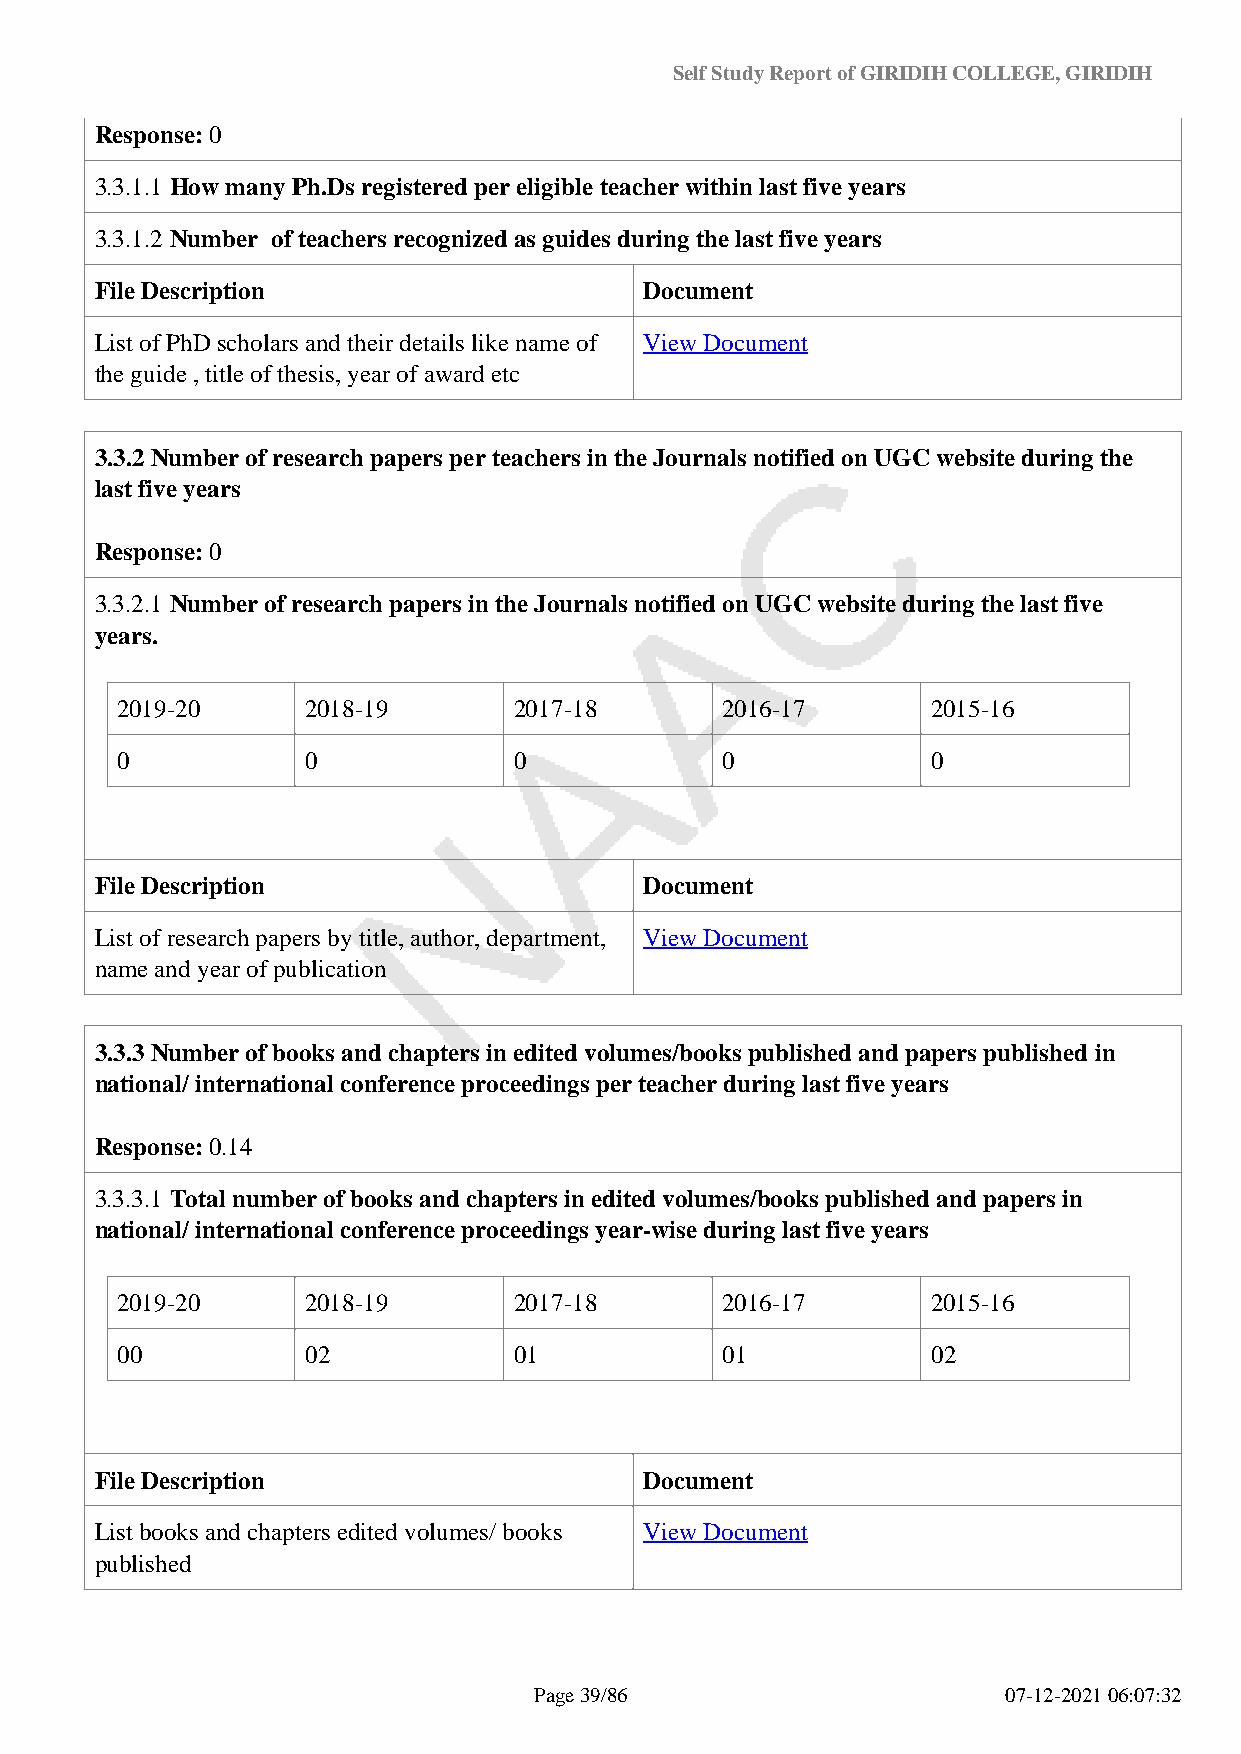
Self Study Report of GIRIDIH COLLEGE, GIRIDIH
 Response: 0
 3.3.1.1 How many Ph.Ds registered per eligible teacher within last five years
 3.3.1.2 Number of teachers recognized as guides during the last five years
 File Description                     Document
 List of PhD scholars and their details like name of View Document
 the guide , title of thesis, year of award etc
 3.3.2 Number of research papers per teachers in the Journals notified on UGC website during the
 last five years
 Response: 0
 3.3.2.1 Number of research papers in the Journals notified on UGC website during the last five
 years.
 2019-20     2018-19       2017-18       2016-17       2015-16
 0           0             0             0             0
 File Description                     Document
 List of research papers by title, author, department, View Document
 name and year of publication
 3.3.3 Number of books and chapters in edited volumes/books published and papers published in
 national/ international conference proceedings per teacher during last five years
 Response: 0.14
 3.3.3.1 Total number of books and chapters in edited volumes/books published and papers in
 national/ international conference proceedings year-wise during last five years
 2019-20     2018-19       2017-18       2016-17       2015-16
 00          02            01            01            02
 File Description                     Document
 List books and chapters edited volumes/ books View Document
 published
 Page 39/86                      07-12-2021 06:07:32